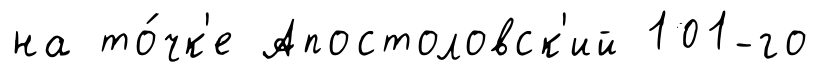
на то́чк'е Апостоловск'ий 101-го